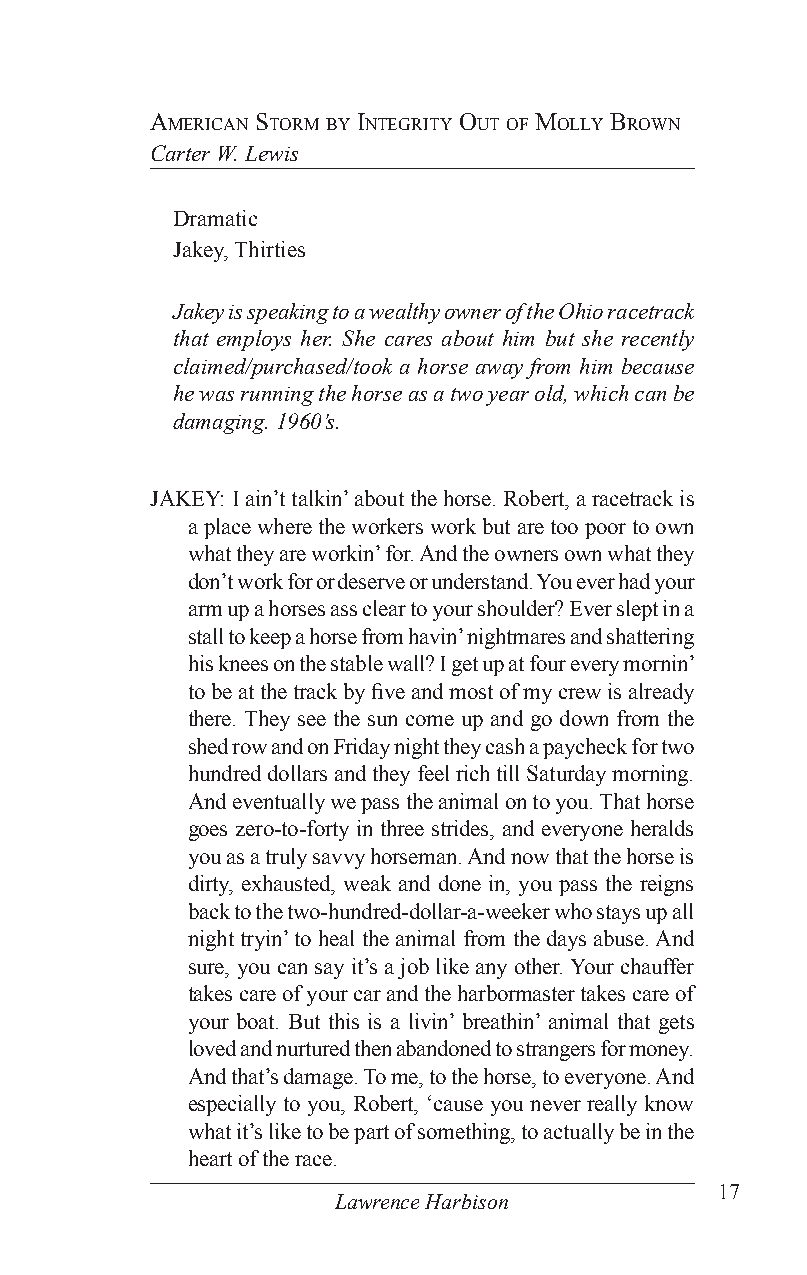
ameriCan sTorm By inTegriTy ouT of molly BroWn
 Carter W. Lewis
 Dramatic
 Jakey, Thirties
 Jakey is speaking to a wealthy owner of the Ohio racetrack
 that employs her. She cares about him but she recently
 claimed/purchased/took a horse away from him because
 he was running the horse as a two year old, which can be
 damaging. 1960’s.
 JAKEY: I ain’t talkin’ about the horse. Robert, a racetrack is
 a place where the workers work but are too poor to own
 what they are workin’ for. And the owners own what they
 don’t work for or deserve or understand. You ever had your
 arm up a horses ass clear to your shoulder? Ever slept in a
 stall to keep a horse from havin’ nightmares and shattering
 his knees on the stable wall? I get up at four every mornin’
 to be at the track by five and most of my crew is already
 there. They see the sun come up and go down from the
 shed row and on Friday night they cash a paycheck for two
 hundred dollars and they feel rich till Saturday morning.
 And eventually we pass the animal on to you. That horse
 goes zero-to-forty in three strides, and everyone heralds
 you as a truly savvy horseman. And now that the horse is
 dirty, exhausted, weak and done in, you pass the reigns
 back to the two-hundred-dollar-a-weeker who stays up all
 night tryin’ to heal the animal from the days abuse. And
 sure, you can say it’s a job like any other. Your chauffer
 takes care of your car and the harbormaster takes care of
 your boat. But this is a livin’ breathin’ animal that gets
 loved and nurtured then abandoned to strangers for money.
 And that’s damage. To me, to the horse, to everyone. And
 especially to you, Robert, ‘cause you never really know
 what it’s like to be part of something, to actually be in the
 heart of the race.
 17
 Lawrence Harbison